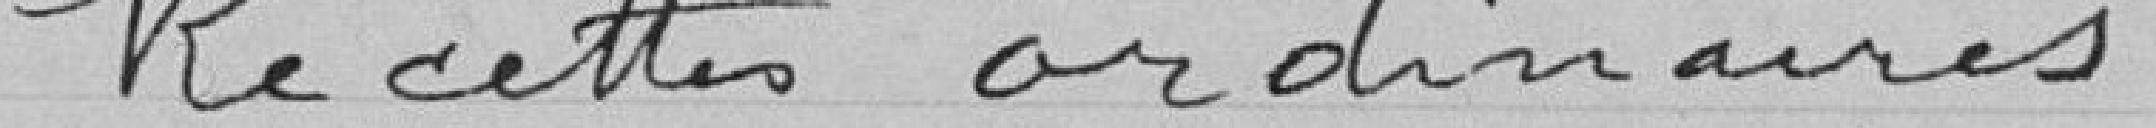
Recettes ordinaires